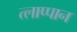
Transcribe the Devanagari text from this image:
त्लाप्पान